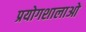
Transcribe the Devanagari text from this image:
प्रयोगशालाओ